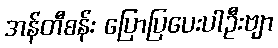
အန်တီစန်း ပြောပြပေးပါဦးဗျာ